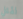
لقتل